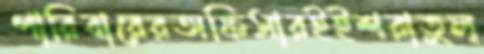
পারিবারেরঅফিসারইইশরাতুল্